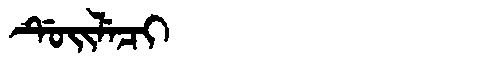
Manchu: ᡩᡠᡳᠯᡝᠴᡳ
Romanization: DUILECI